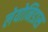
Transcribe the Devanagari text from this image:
लेयोनिडास